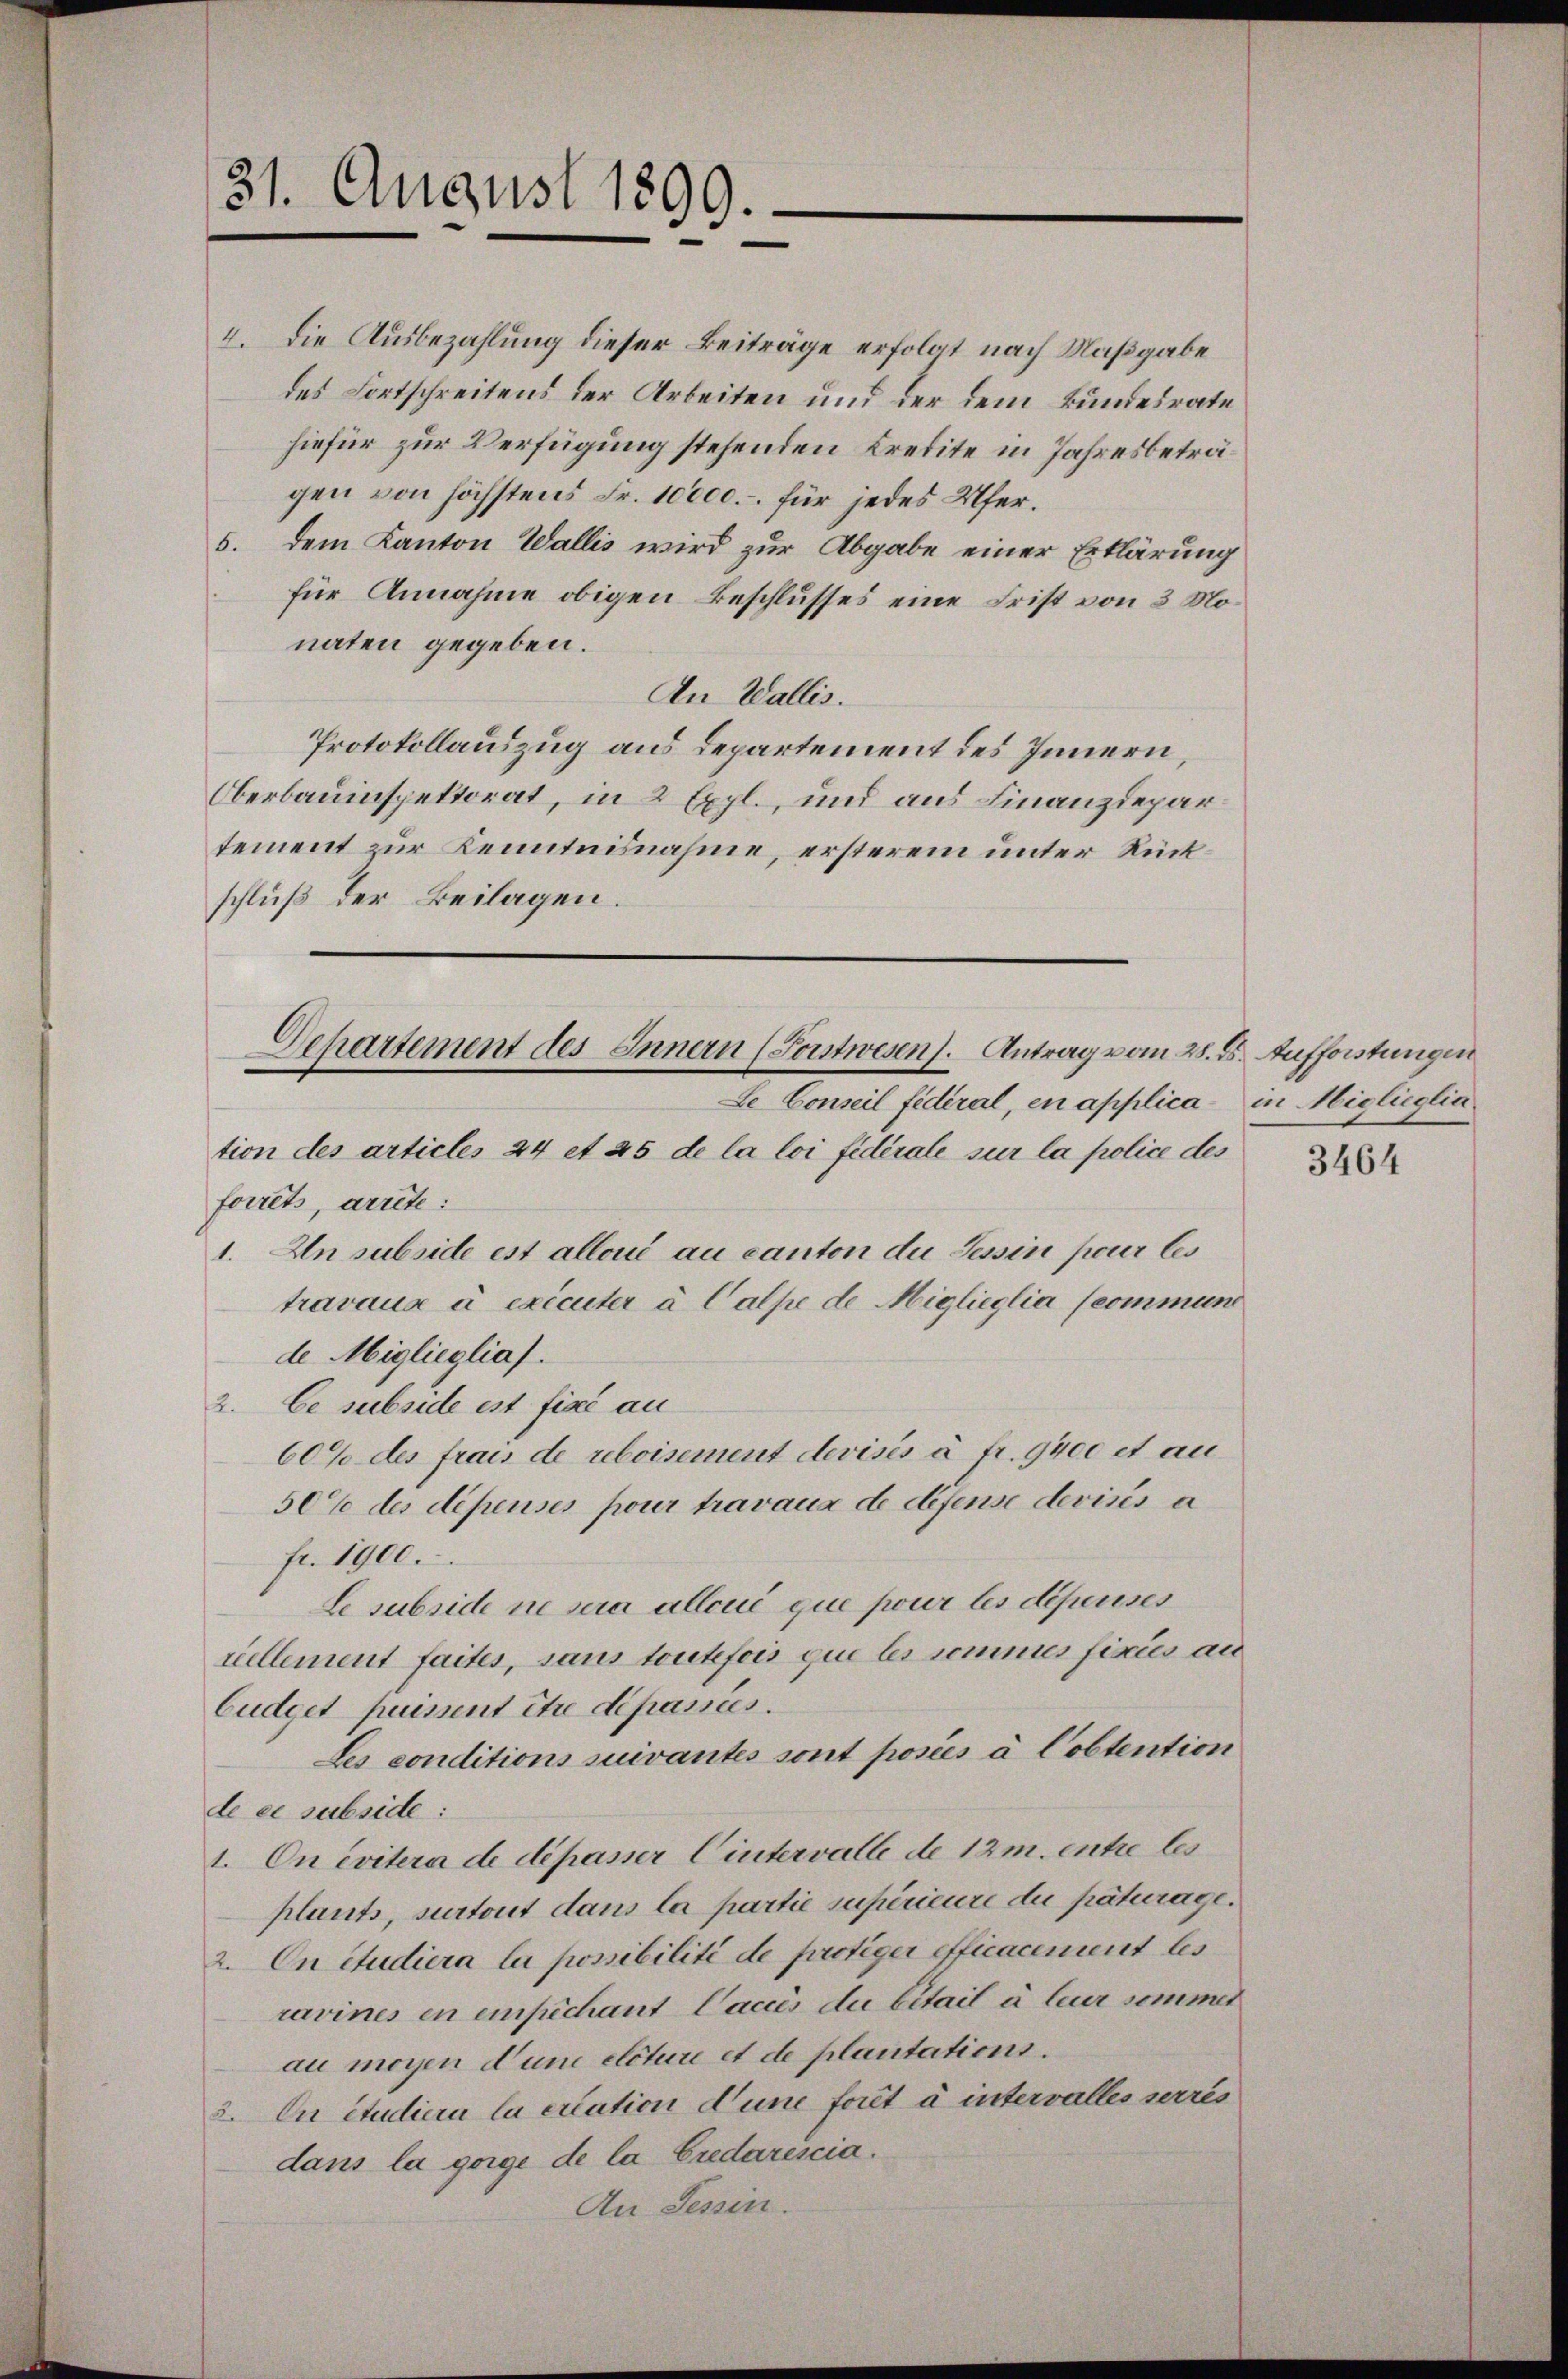
31. August 1899.

4. Die Ausbezahlung dieser Beiträge erfolgt nach Maßgabe
des Fortschreitens der Arbeiten und der dem Bundesrate
hiefür zur Verfügung stehenden Kredite in Jahresbeträgen von höchstens Fr. 10000.- für jedes Ufer¬
5. dem Kanton Wallis wird zur Abgabe einer Erklärung
für Annahme obigen Beschlusses eine Frist von 3 Monaten gegeben.
An Wallis.
Protokollauszug aus Departement des Innern,
Oberbauinspektorat, in 2 Expl., und aus Finanzdepartement zur Kenntnisnahme, ersterem unter Rückschluß der Beilagen.
Le Conseil fidéral, en application des articles 24 et 25 de la loi fidérale sur la police des
forret, arrete:
1. An subside est alloué au canton du Tessin pour les
travaux à exécuter à Calpe de Miglieglia (commene
de Miglieglia.
2. Ce subside ist fiel au
60% des frais de reboisement devisés à fr. 9400 et au
50% des dépenses pour travaux de defense devisés a
fr. 1900.
Le subside ne sera alleui que pour les dépenses
cellement faites, sans toutefois que les semmes fixis au
Eudget puissent être dépassies.
Les conditions suivantes sont posées à Cobtention
de er subside:
1. On évitera de dépasser Wintervatte de 12 m. entre les
plants, surtout dans la partie supérieure du paturage.
2. On studiera la possibilité de furotiger officacement les
ravines en einpechant Caccès du bitait à leur sommet
au moyen dum etcture et de plantations.
2. In studiere la citation d’une fort à intervalles serres
dans la gorge de la Credarescia.
An Sessen.

Separtement des Innern (Sonstwesen. Antrag vom 28. d. Aufforstungen

in Higlieglia.

3464